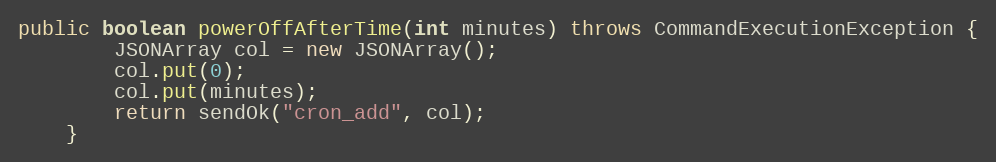
Language: Java
public boolean powerOffAfterTime(int minutes) throws CommandExecutionException {
        JSONArray col = new JSONArray();
        col.put(0);
        col.put(minutes);
        return sendOk("cron_add", col);
    }